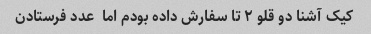
کیک آشنا دو قلو ٢ تا سفارش داده بودم اما  عدد فرستادن